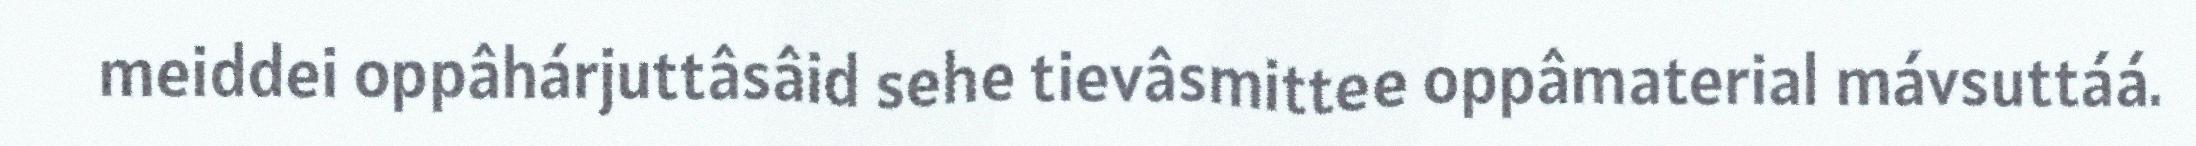
meiddei oppâhárjuttâsâid sehe tievâsmittee oppâmaterial mávsuttáá.